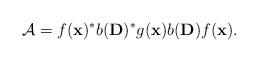
LaTeX: \begin{align*}\mathcal{A} = f(\mathbf{x})^* b(\mathbf{D})^* g(\mathbf{x}) b(\mathbf{D}) f(\mathbf{x}).\end{align*}